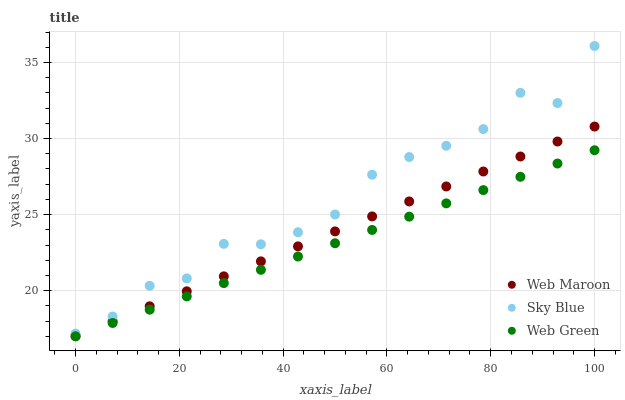
| xaxis_label | Web Maroon | Sky Blue | Web Green |
 | --- | --- | --- | --- |
 | 0 | 17 | 17.2 | 17 |
 | 7.14 | 18 | 18.3 | 17.9 |
 | 14.3 | 19 | 20.3 | 18.7 |
 | 21.4 | 20 | 20.8 | 19.6 |
 | 28.6 | 20.9 | 23.1 | 20.5 |
 | 35.7 | 21.9 | 23 | 21.4 |
 | 42.9 | 22.9 | 23.8 | 22.2 |
 | 50 | 23.9 | 25 | 23.1 |
 | 57.1 | 24.9 | 27.6 | 24 |
 | 64.3 | 25.9 | 28.8 | 24.9 |
 | 71.4 | 26.8 | 29.5 | 25.7 |
 | 78.6 | 27.8 | 30.6 | 26.6 |
 | 85.7 | 28.8 | 33 | 27.5 |
 | 92.9 | 29.8 | 32.3 | 28.4 |
 | 100 | 30.8 | 36.1 | 29.2 |